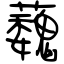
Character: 蘶